Vaccination in Burma 1920-1933 - 1920-1933
Year: 1920
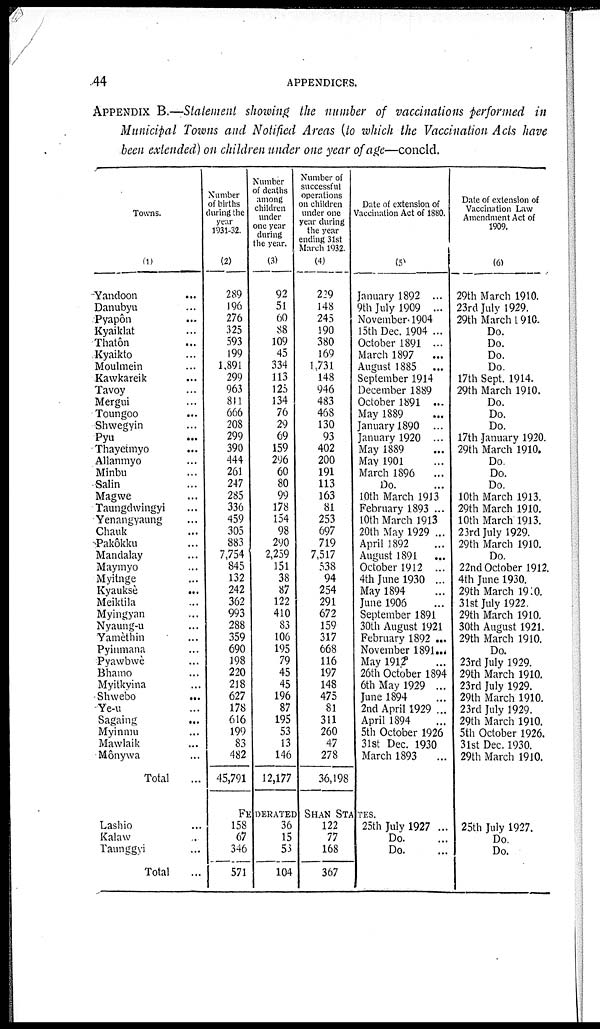
44
APPENDICES.
APPENDIX B.—Statement showing the number of vaccinations performed in
Municipal Towns and Notified Areas (to which the Vaccination Acts have
been extended) on children under one year of age—concld.
Towns.
(1)
Yandoon... ...
Danubyu... ...
Pyapôn...
...
Kyaiklat... ...
Thatôn... ...
Kyaikto... ...
Moulmein... ...
Kawkareik...
Tavoy... ...
Mergui... ...
Toungoo...
Shwegyin...
Pyu...
Thayetmyo...
Allanmyo... ...
Minbu...
Salin...
Magwe...
Taungdwingyi...
Yenangyaung...
Chauk...
Pakôkku...
Mandalay...
Maymyo...
Myitnge...
Kyaukse
...
Meiktila...
Myingyan...
Nyaung-u...
Yamèthin...
Pyinmana... ...
Pyawbwè... ...
Bhamo... ...
Myitkyina... ...
Shwebo...
Ye-u...
Sagaing...
Myinmu... ...
Mawlaik...
Monywa...
Total...
Lashio... ...
Kalaw...
Taunggyi...
Total...
Number
of births
during the
year
1931-32.
(2)
289
196
276
325
593
199
1,891
299
963
811
666
208
299
390
444
261
247
285
336
459
305
883
7,754
845
132
242
362
993
288
359
690
198
220
218
627
178
616
199
83
482
45,791
Number
of deaths
among
children
under
one year
during
the year.
(3)
92
51
60
88
109
45
334
113
125
134
76
29
69
159
296
60
80
99
178
154
98
290
2,259
151
38
87
122
410
83
106
195
79
45
45
196
87
195
53
13
146
12,177
Number of
successful
operations
on children
under one
year during
the year
ending 31st
March 1932.
(4)
229
148
245
190
380
169
1,731
148
946
483
468
130
93
402
200
191
113
163
81
253
697
719
7,517
538
94
254
291
672
159
317
668
116
197
148
475
81
311
260
47
278
36,198
Date of extension of
Vaccination Act of 1880.
(5)
January 1892 ...
9th July 1909 ...
November 1904...
15th Dec. 1904 ...
October 1891 ...
March 1897... ...
August 1885 ...
September 1914...
December 1889...
October 1891... ...
May 1889...
January
1890...
January 1920... ...
May 1889...
May 1901...
March
1896...
Do.
10th March 1913...
February 1893 ...
10th March 1913...
20th May 1929 ...
April 1892...
August
1891...
October
1912...
4th June 1930 ...
May 1894...
June 1906...
September 1891
30th August 1921
February 1892 ...
November 1891 ...
May 1912.
26th October 1894
6th May 1929... ...
June 1894...
2nd April 1929 ...
April 1894
5th October 1926
31st Dec. 1930
March 1893
FEDERATED SHAN STATES.
158
67
346
571
36
15
53
104
122
77
168
367
25th July 1927 ...
Do.
Do.
...
Date of extension of
Vaccination Law
Amendment Act of
1909.
(6)
29th March 1910.
23rd July 1929.
29th March 1910.
Do.
Do.
Do.
Do.
17th Sept. 1914.
29th March 1910.
Do.
Do.
Do.
17th January 1920.
29th March 1910.
Do.
Do.
Do.
10th March 1913.
29th March 1910.
10th March 1913.
23rd July 1929.
29th March 1910.
Do.
22nd October 1912.
4th June 1930.
29th March 1910.
31st July 1922.
29th March 1910.
30th August 1921.
29th March 1910.
Do.
23rd July 1929.
29th March 1910.
23rd July 1929.
29th March 1910.
23rd July 1929.
29th March 1910.
5th October 1926.
31st Dec. 1930.
29th March 1910.
25th July 1927.
Do.
Do.